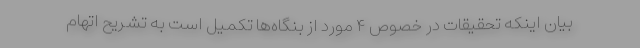
بیان اینکه تحقیقات در خصوص ۴ مورد از بنگاه‌ها تکمیل است به تشریح اتهام